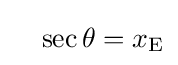
\quad \sec \theta =x_{\mathrm {E} }